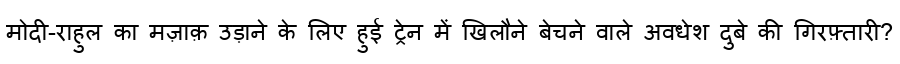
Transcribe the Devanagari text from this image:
मोदी-राहुल का मज़ाक़ उड़ाने के लिए हुई ट्रेन में खिलौने बेचने वाले अवधेश दुबे की गिरफ़्तारी?